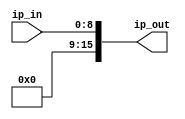
`timescale 1ns / 1ps
//////////////////////////////////////////////////////////////////////////////////
// Company: 
// Engineer: 
// 
// Design Name: 
// Module Name:    ip_extend 
// Project Name: 
// Target Devices: 
// Tool versions: 
// Description: 
//
// Dependencies: 
//
// Revision: 
// Revision 0.01 - File Created
// Additional Comments: 
//
//////////////////////////////////////////////////////////////////////////////////
module ip_extend(
		input [8:0] ip_in,
		output [15:0] ip_out
    );

	assign ip_out = {5'd0, ip_in};

endmodule